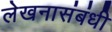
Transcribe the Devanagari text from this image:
लेखनासंबंधी